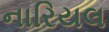
નારિયલ